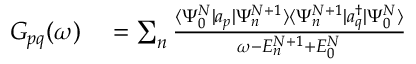
\begin{array} { r l } { G _ { p q } ( \omega ) } & { { } = \sum _ { n } \frac { \langle \Psi _ { 0 } ^ { N } | a _ { p } | \Psi _ { n } ^ { N + 1 } \rangle \langle \Psi _ { n } ^ { N + 1 } | a _ { q } ^ { \dagger } | \Psi _ { 0 } ^ { N } \rangle } { \omega - E _ { n } ^ { N + 1 } + E _ { 0 } ^ { N } } } \end{array}